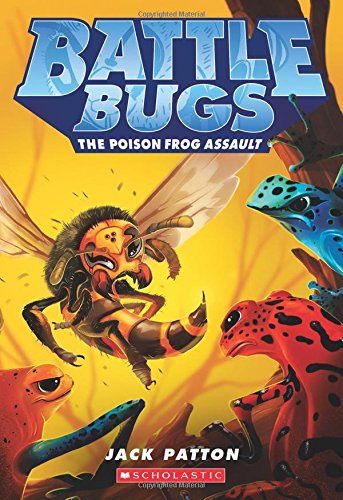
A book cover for The Poison Frog Assault (Battle Bugs #3); Jack Patton; Children's Books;